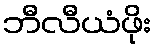
ဘီလီယံဖိုး